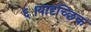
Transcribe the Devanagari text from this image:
६।यादृच्छिक